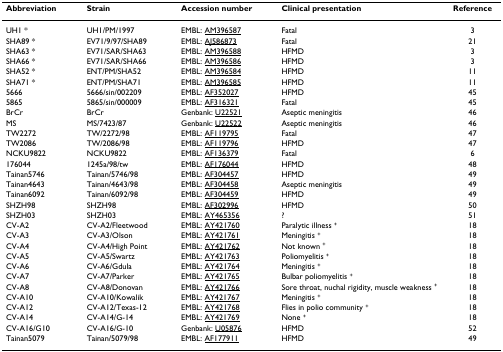
<table><thead><tr><td><b>Abbreviation</b></td><td><b>Strain</b></td><td><b>Accession number</b></td><td><b>Clinical presentation</b></td><td><b>Reference</b></td></tr></thead><tbody><tr><td>UH1 *</td><td>UH1/PM/1997</td><td>EMBL: AM396587</td><td>Fatal</td><td>3</td></tr><tr><td>SHA89 *</td><td>EV71/9/97/SHA89</td><td>EMBL: AJ586873</td><td>Fatal</td><td>21</td></tr><tr><td>SHA63 *</td><td>EV71/SAR/SHA63</td><td>EMBL: AM396588</td><td>HFMD</td><td>3</td></tr><tr><td>SHA66 *</td><td>EV71/SAR/SHA66</td><td>EMBL: AM396586</td><td>HFMD</td><td>3</td></tr><tr><td>SHA52 *</td><td>ENT/PM/SHA52</td><td>EMBL: AM396584</td><td>HFMD</td><td>11</td></tr><tr><td>SHA71 *</td><td>ENT/PM/SHA71</td><td>EMBL: AM396585</td><td>HFMD</td><td>11</td></tr><tr><td>5666</td><td>5666/sin/002209</td><td>EMBL: AF352027</td><td>HFMD</td><td>45</td></tr><tr><td>5865</td><td>5865/sin/000009</td><td>EMBL: AF316321</td><td>Fatal</td><td>45</td></tr><tr><td>BrCr</td><td>BrCr</td><td>Genbank: U22521</td><td>Aseptic meningitis</td><td>46</td></tr><tr><td>MS</td><td>MS/7423/87</td><td>Genbank: U22522</td><td>Aseptic meningitis</td><td>46</td></tr><tr><td>TW2272</td><td>TW/2272/98</td><td>EMBL: AF119795</td><td>Fatal</td><td>47</td></tr><tr><td>TW2086</td><td>TW/2086/98</td><td>EMBL: AF119796</td><td>HFMD</td><td>47</td></tr><tr><td>NCKU9822</td><td>NCKU9822</td><td>EMBL: AF136379</td><td>Fatal</td><td>6</td></tr><tr><td>176044</td><td>1245a/98/tw</td><td>EMBL: AF176044</td><td>HFMD</td><td>48</td></tr><tr><td>Tainan5746</td><td>Tainan/5746/98</td><td>EMBL: AF304457</td><td>HFMD</td><td>49</td></tr><tr><td>Tainan4643</td><td>Tainan/4643/98</td><td>EMBL: AF304458</td><td>Aseptic meningitis</td><td>49</td></tr><tr><td>Tainan6092</td><td>Tainan/6092/98</td><td>EMBL: AF304459</td><td>HFMD</td><td>49</td></tr><tr><td>SHZH98</td><td>SHZH98</td><td>EMBL: AF302996</td><td>HFMD</td><td>50</td></tr><tr><td>SHZH03</td><td>SHZH03</td><td>EMBL: AY465356</td><td>?</td><td>51</td></tr><tr><td>CV-A2</td><td>CV-A2/Fleetwood</td><td>EMBL: AY421760</td><td>Paralytic illness <sup>+</sup></td><td>18</td></tr><tr><td>CV-A3</td><td>CV-A3/Olson</td><td>EMBL: AY421761</td><td>Meningitis <sup>+</sup></td><td>18</td></tr><tr><td>CV-A4</td><td>CV-A4/High Point</td><td>EMBL: AY421762</td><td>Not known <sup>+</sup></td><td>18</td></tr><tr><td>CV-A5</td><td>CV-A5/Swartz</td><td>EMBL: AY421763</td><td>Poliomyelitis <sup>+</sup></td><td>18</td></tr><tr><td>CV-A6</td><td>CV-A6/Gdula</td><td>EMBL: AY421764</td><td>Meningitis <sup>+</sup></td><td>18</td></tr><tr><td>CV-A7</td><td>CV-A7/Parker</td><td>EMBL: AY421765</td><td>Bulbar poliomyelitis <sup>+</sup></td><td>18</td></tr><tr><td>CV-A8</td><td>CV-A8/Donovan</td><td>EMBL: AY421766</td><td>Sore throat, nuchal rigidity, muscle weakness <sup>+</sup></td><td>18</td></tr><tr><td>CV-A10</td><td>CV-A10/Kowalik</td><td>EMBL: AY421767</td><td>Meningitis <sup>+</sup></td><td>18</td></tr><tr><td>CV-A12</td><td>CV-A12/Texas-12</td><td>EMBL: AY421768</td><td>Flies in polio community <sup>+</sup></td><td>18</td></tr><tr><td>CV-A14</td><td>CV-A14/G-14</td><td>EMBL: AY421769</td><td>None <sup>+</sup></td><td>18</td></tr><tr><td>CV-A16/G10</td><td>CV-A16/G-10</td><td>Genbank: U05876</td><td>HFMD</td><td>52</td></tr><tr><td>Tainan5079</td><td>Tainan/5079/98</td><td>EMBL: AF177911</td><td>HFMD</td><td>49</td></tr></tbody></table>